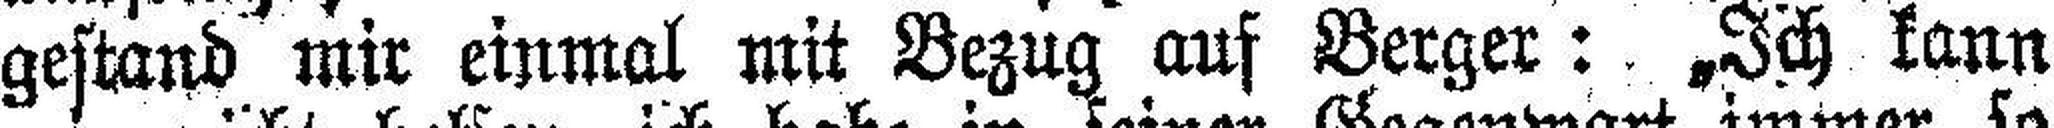
gestand mir einmal mit Bezug auf Berger: „Ich kann